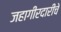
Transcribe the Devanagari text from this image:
जहागीरदारीचे